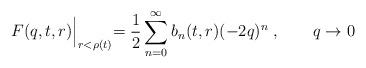
LaTeX: \begin{align*}F(q,t,r)\Bigl |_{r<\rho (t)}=\frac{1}{2}\sum^\infty_{n=0}b_n(t,r)(-2q)^n\; , \qquad q\to 0\end{align*}